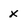
Character: X